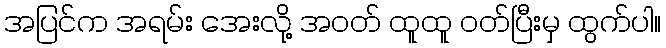
အပြင်က အရမ်း အေးလို့ အဝတ် ထူထူ ဝတ်ပြီးမှ ထွက်ပါ။